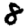
Digit: 8